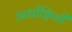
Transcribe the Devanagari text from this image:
अर्धाङ्गिनी